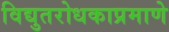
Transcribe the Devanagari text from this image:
विद्युतरोधकाप्रमाणे